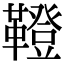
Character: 𩍐